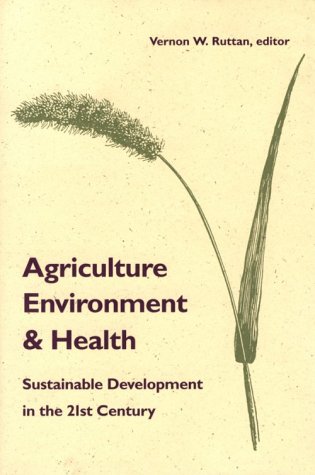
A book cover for Agriculture, Environment, and Health: Sustainable Development in the 21st Century; Vernon Ruttan; Medical Books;